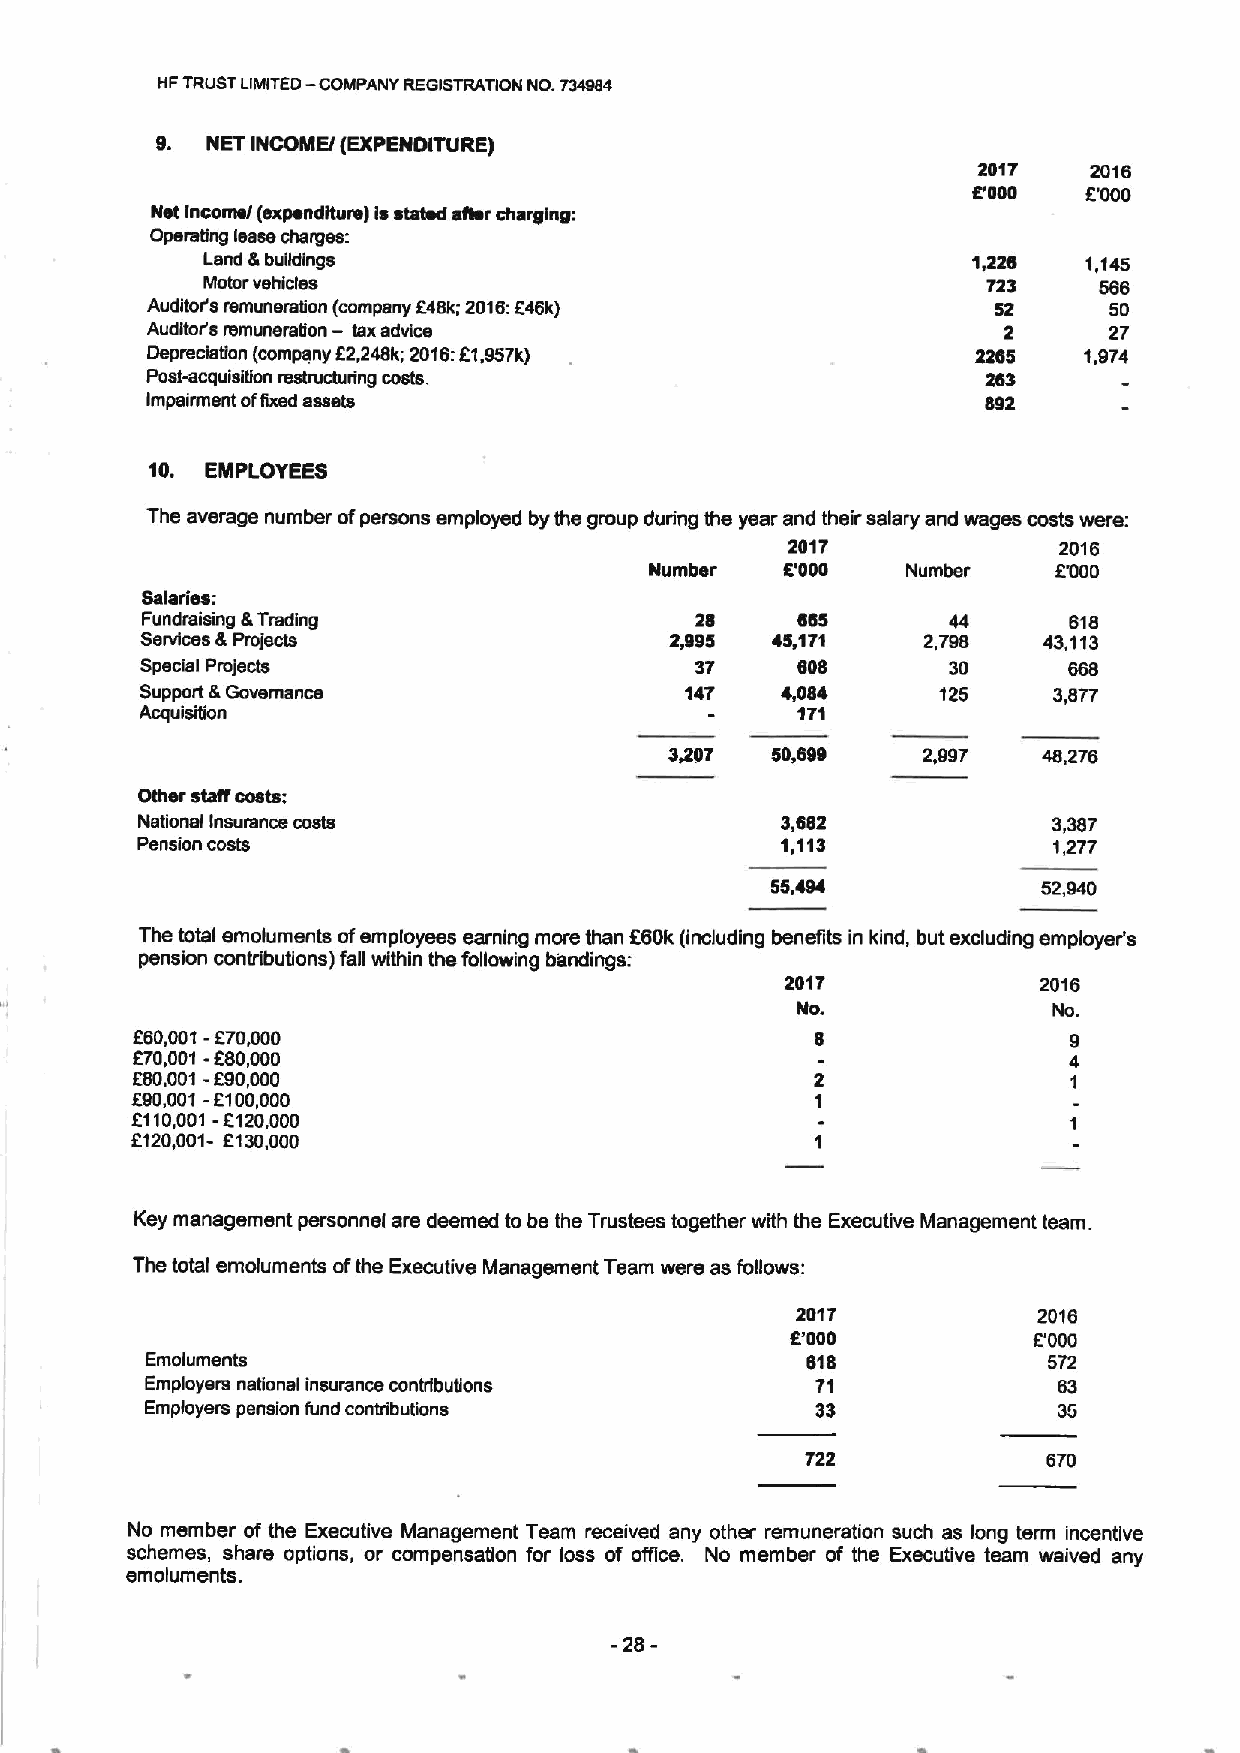
—
 HFTRUSTLIMITED COMPANY REGISTRATION NO. 734S84
 9.  NET INCOMEI (EXPENOITURE)
 2017   2016
 8'000   f'000
 Nst incomsl (expenditure) isstated sflsr charelne:
 Opersbng lease charges:
 Land &buildings                                    1I228   1,145
 Motor vehicles                                      723     586
 Auditor's rsmunsralon (company f48k; 2016:f46k)         52     50
 Auditoris remuneration
 —Isxadvice
 2      27
 f
 Depredation (company 2,248k; 2016:71,957k)             22ee   1,974
 Post-acquisition rssbudurin9 cosh.                     263
 Impairment ofexsd assets                               892
 10. EMPLOYEES
 The average number ofpersons employed bythe group during the year and their salary and wages costs were:
 2017              2016
 Number   f'000   Number    f000
 Salaries:
 Fundrsising &Trading                 28     eee       44      818
 Services &Projects                 2,995  45,171    2,796   43,113
 Special Projects                     37     eoe       30      668
 Support &Governance                 147    4,084     125     3,877
 AcquisiTion                                 1'71
 3,297  50,899    2,997   48,276
 Other staif costs:
 National Insurance costs                   3,882             3,387
 Pension coals                              1,113             1,277
 55.494            52,940
 f
 The total emoluments ofemployees earning more than 60k(including benefits in kind, but excluding employer's
 pension contributions) fall udthin the following bandings:
 2017             2016
 No.              Nc.
 f60,00'I -f70,000
 f70,001-f80,000
 f80,001-f90,000
 f90,001-f100,000
 f110,001-f120,000
 f120,001- f130,000
 Key management personnel are deemed to be the Trustees together with the Executive Management team.
 The total emoluments ofthe Executive Management Team were as follows:
 201'7           2016
 8'000           f'000
 Emoluments                                 ete             572
 Employers national insurance contribueons   71              63
 Employers pension fund contributions        33              35
 722
 No member of the Executive Management Team received any other remuneration such as long term incentive
 schemes, share options, or compensation for loss of office. No member of the Executive team waived any
 emoluments.
 -28-